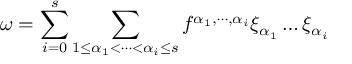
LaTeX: \omega = \sum _ { i = 0 } ^ { s } \sum _ { 1 \le \alpha _ { 1 } < \cdots < \alpha _ { i } \le s } f ^ { \alpha _ { 1 } , \cdots , \alpha _ { i } } \xi _ { \alpha _ { 1 } } \dots \xi _ { \alpha _ { i } }